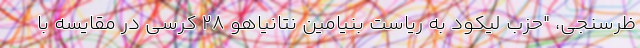
ظرسنجی، "حزب لیکود به ریاست بنیامین نتانیاهو ۲۸ کرسی در مقایسه با